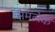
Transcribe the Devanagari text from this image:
सेमलेक